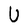
Character: U